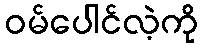
ဝမ်ပေါင်လဲ့ကို